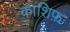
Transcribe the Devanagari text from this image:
काशिफ़